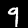
Digit: 9